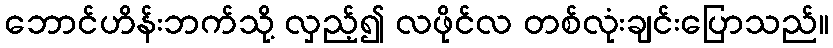
ဘောင်ဟိန်းဘက်သို့ လှည့်၍ လဖိုင်လ တစ်လုံးချင်းပြောသည်။